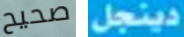
صحيح دينجل